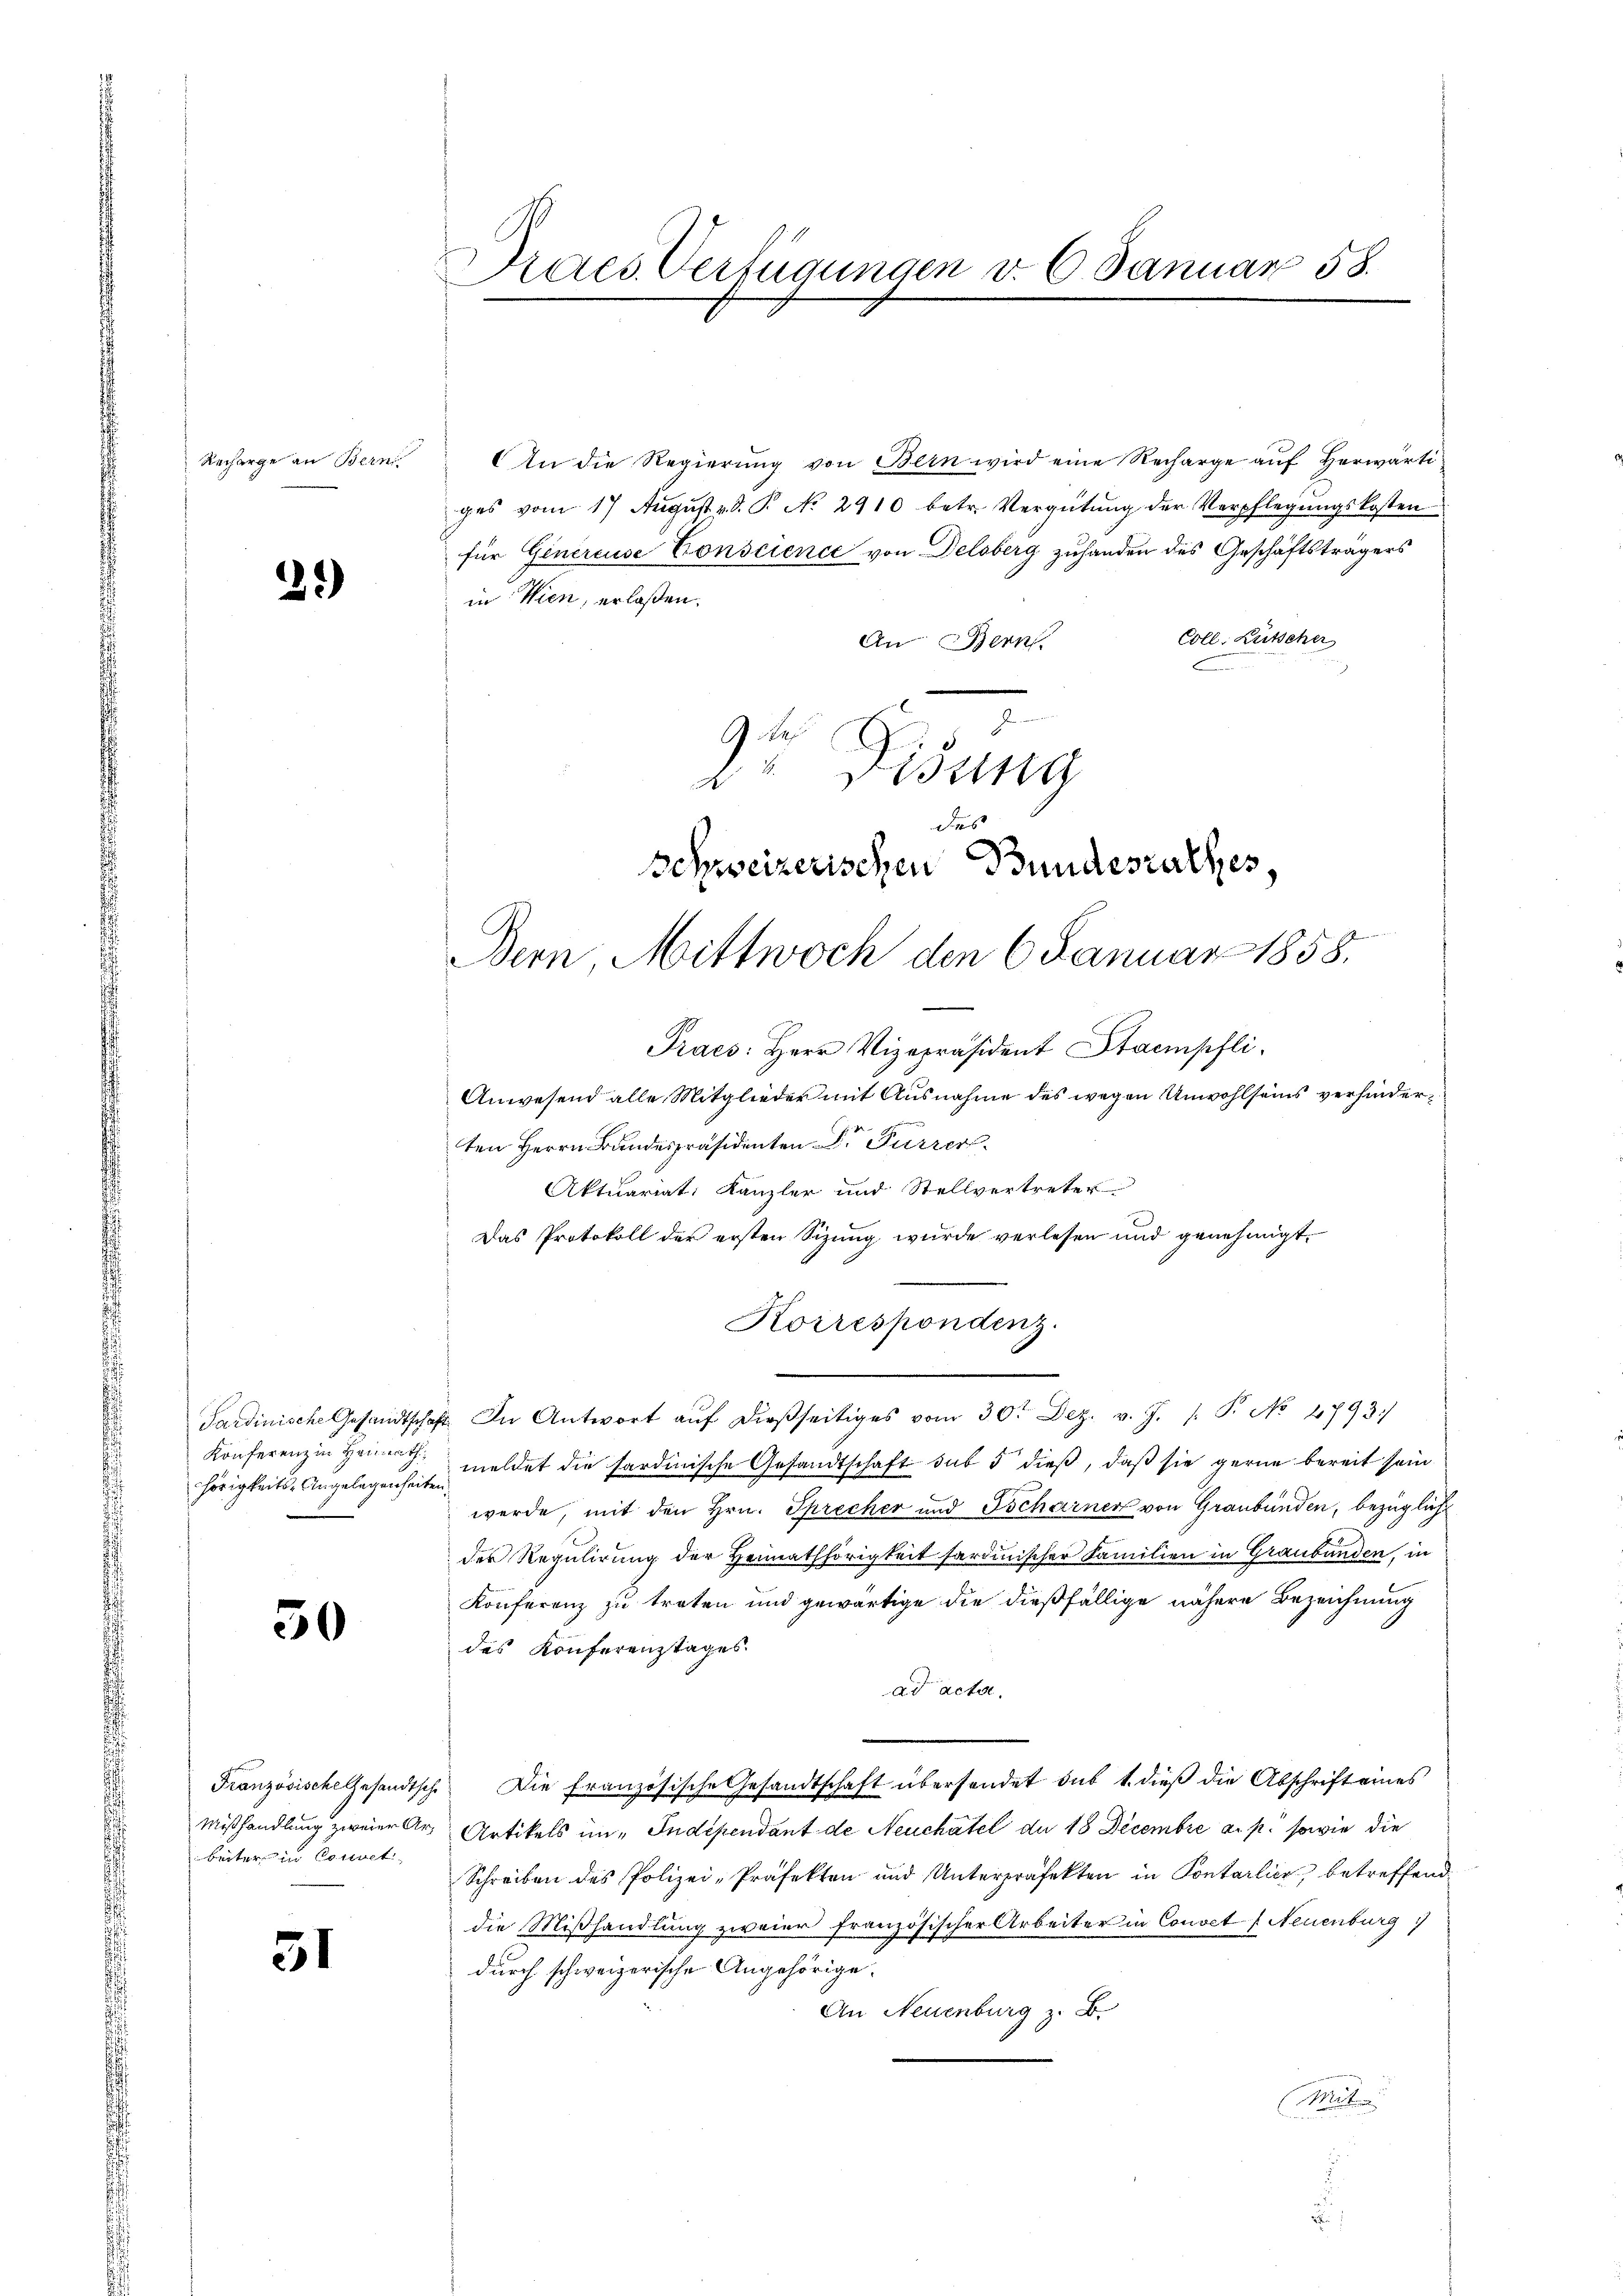
Recharge an Bern

2)

Konferenz in Heimathhörigkeits-Angelegenheiten

50

beiter in Convet

31

Draes. Verfügungen v. 6. Januar 58.

An die Regierung von Bern wird eine Recharge auf Herwärtiges vom 17. Aŭgŭst v. d. P. No. 2910 betr. Vergütŭng der Verpflegŭngskosten
für Genereuse Conscience von Delsberg zuhanden des Geschäftsträgers
in Wien, erlaßen.
Coll. Lütscher
An Bern.
 No
de Disung
des
Schweizerischen Bundesrathes,
Bern, Mittwoch den 6. Januar 1858.

Praes: Herr Vizepräsident Stampfli
Anwesend alle Mitglieder mit Ausnahme des wegen Unwohlseins verfinderten Herrn Bandespräsidenten Dr Furrer
Aktuariat Kanzler und Stellvertreter
Das Protokoll der ersten Sizŭng wurde verlesen und genehmigt.
Korrespondenz.
Sardinische Gesandtschaft. In Antwort aŭf dießseitiges vom 30t Dez. v. J. P. No 2793
meldet die hardinische Gesandtschaft sub 5 dieß, daß sie gerne bereit sein
werde, mit den Hrn. Sprecher und Tscharner von Graubünden, bezüglich
der Regulirung der Heimathörigkeit sardinischer Familien in Graubünden, in
Konferenz zu treten und gewärtige die dießfällige nähere Bezeichnung
des Konferenztages
ad acta.
Französische Gesandtsch. Die französische Gesandtschaft überhandet sub 1. dieβ die Abschrift eines
Mißhandlung zweier Art Artikels in Indépendant de Neuchatel du 18 Decembre a. p. sowie die
Schreiben des Polizei-Präfekten und Unterpräfekten in Pontarlier, betreffend
die Mißhandlung zweier französischer Arbeiter in Convet Neuenburg
durch schweizerische Angehörige.
An Neuenburg z. B.
Mirt